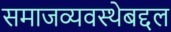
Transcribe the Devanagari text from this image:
समाजव्यवस्थेबद्दल